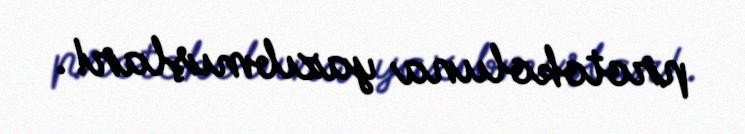
protokoluna yazıbmışlar!.